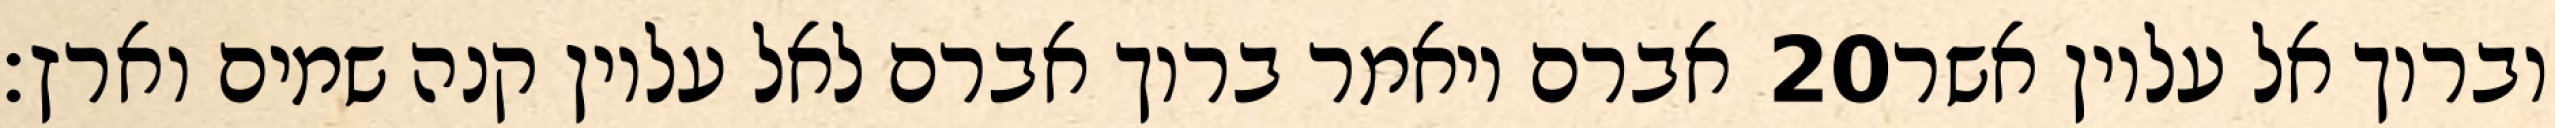
אברם ויאמר ברוך אברם לאל עליון קנה שמים וארץ׃ ‎20‏ וברוך אל עליון אשר